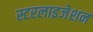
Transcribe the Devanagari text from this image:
स्टरलाइजेशन